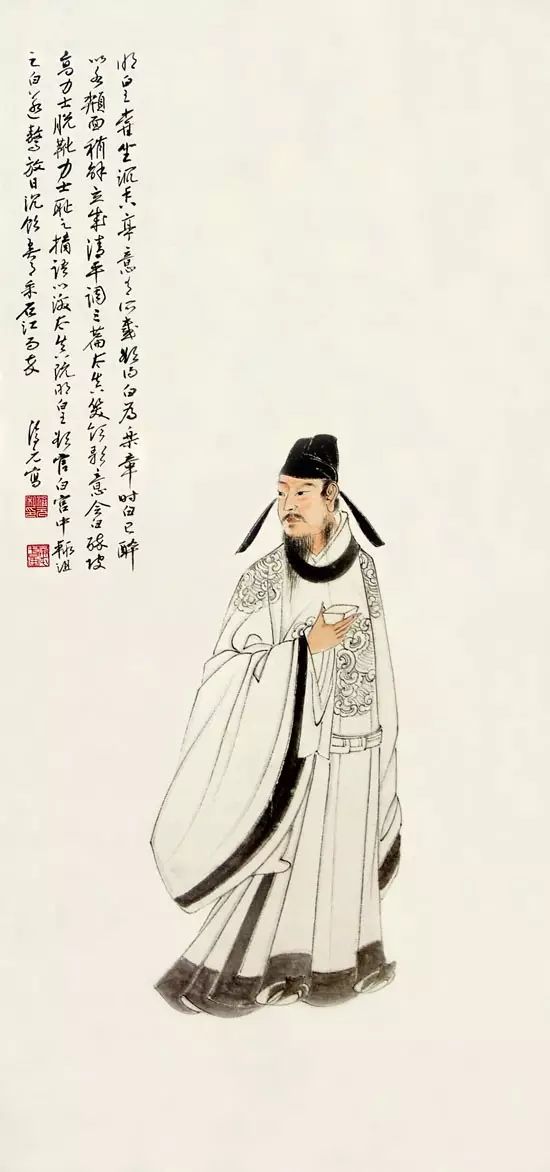
金陵子弟来相送，欲行不行各尽觞。